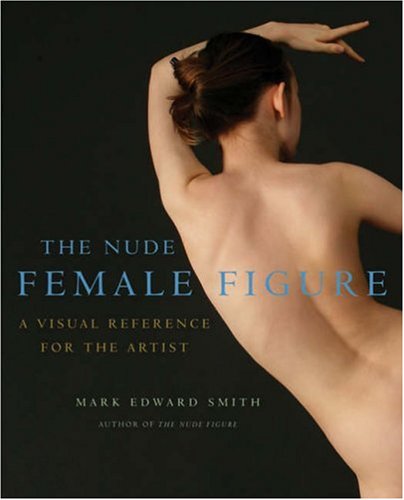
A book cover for The Nude Female Figure: A Visual Reference for the Artist; Mark Edward Smith; Reference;